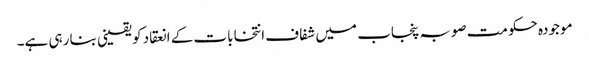
موجودہ حکومت صوبہ پنجاب میں شفاف انتخابات کے انعقاد کو یقینی بنا رہی ہے۔